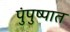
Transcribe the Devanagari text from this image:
पुंपुष्पात